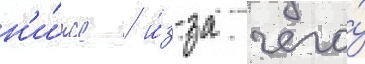
н'и́же / и́з-за чего́